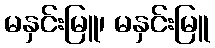
မနှင်းမြူ၊ မနှင်းမြူ